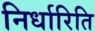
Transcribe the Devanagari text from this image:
निर्धारिति